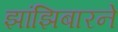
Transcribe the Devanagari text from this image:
झांझिबारने